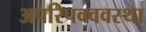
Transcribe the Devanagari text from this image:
अपरिपक्ववस्था